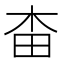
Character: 𣐭